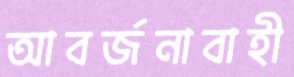
আবর্জনাবাহী